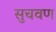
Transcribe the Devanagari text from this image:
सुचवण